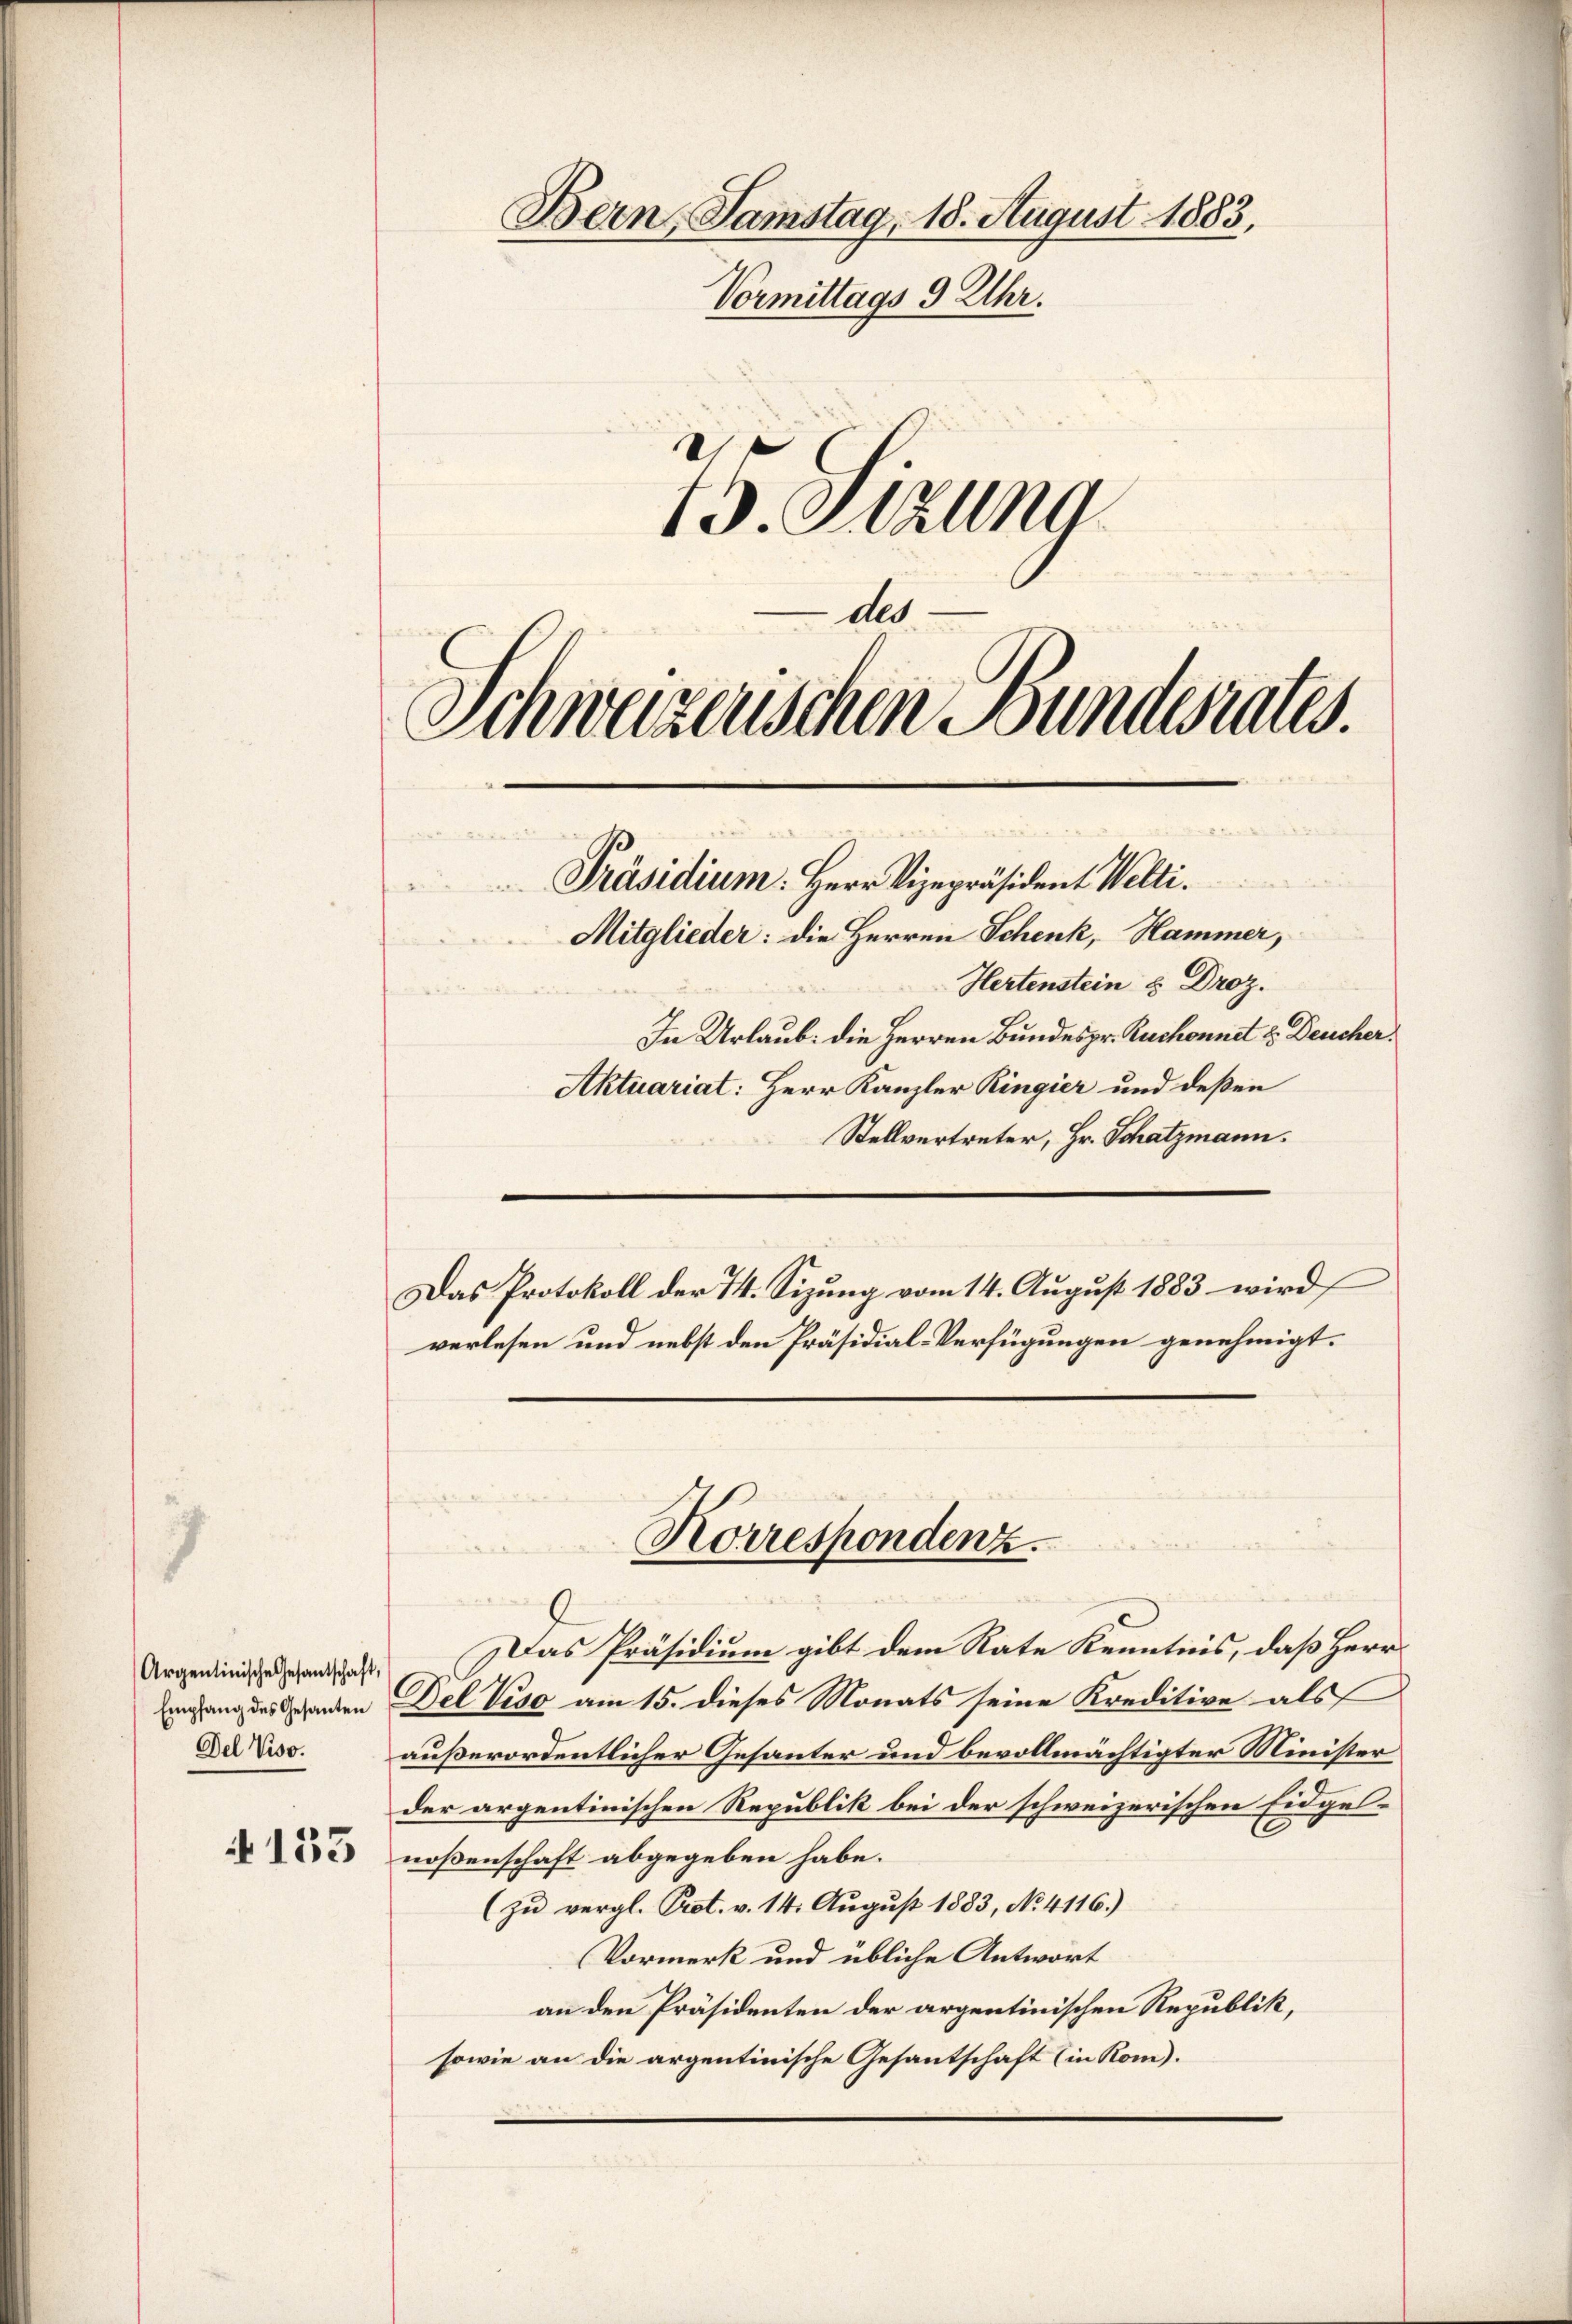
Argentinische Gesantschaft,
Empfang des Gesanten
Del Viso.

133

Schweizerischen Bundesrates.
Präsidium. Herr Vizepräsident Welti.

Bern, Samstag, 18. August 1883,
Vormittags 9 Uhr.
13. Sitzung

des

Mitglieder: die Herren Schenk, Hammer,
Hertenstein u. Droz.
In Urlaub. die Herren Bundespr. Ruchonnet u. Deucher.
Aktuariat: Herr Kanzler Ringier und deßen
Stellvertreter, Hr. Schatzmann.
Das Protokoll der 14. Sizung vom 14. August 1883 wird
verlesen und nebst den Präsidial-Verfügungen genehmigt.
Korrespondenz.
Das Präsidium gibt dem Rate Kenntnis, daß Herr
Del Visa am 15. dieses Monats seine Kreditive als
außerordentlicher Gesanter und bevollmächtigter Minister
der argentinischen Republik bei der schweizerischen Eidgelnoßenschaft abgegeben habe.
(zu vergl. Prot. v. 14. August 1883, No. 4116.)
Vormerk und übliche Antwort
an den Präsidenten der argentinischen Republik,
sowie an die argentinische Gesantschaft (in Kom).